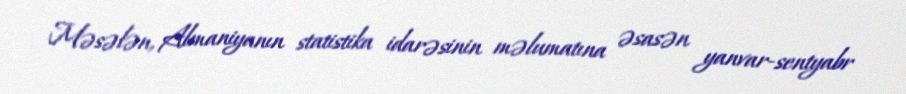
Məsələn, Almaniyanın statistika idarəsinin məlumatına əsasən yanvar-sentyabr